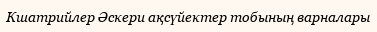
Кшатрийлер Әскери ақсүйектер тобының варналары